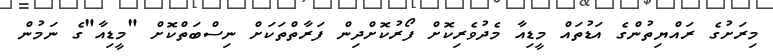
މިރަށުގެ ރައްޔިތުންގެ އަޑުތައް މީޑިއާ މެދުވެރިކޮށް ފޯރުކޮށްދިން ފަރާތްތަކަށް ނިސްބަތްކޮށް "މީޑިއާ"ގެ ނަމުން